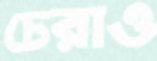
চেরাও